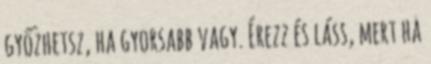
győzhetsz, ha gyorsabb vagy. Érezz és láss, mert ha